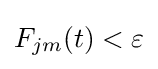
F_{jm}(t)<\varepsilon